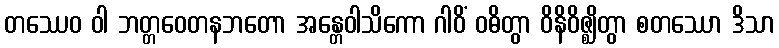
တဿေဝ ဝါ ဘတ္တဝေတနဘတော အန္တေဝါသိကော ဂါဝိံ ဝဓိတွာ ဝိနိဝိဇ္ဈိတွာ စတဿော ဒိသာ